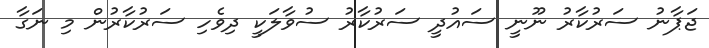
ޖަޕާނު ސަރުކާރު ނޫނީ ސައުދީ ސަރުކާރު ސުވާލަކީ ދިވެހި ސަރުކާރުން މި ނަގާ